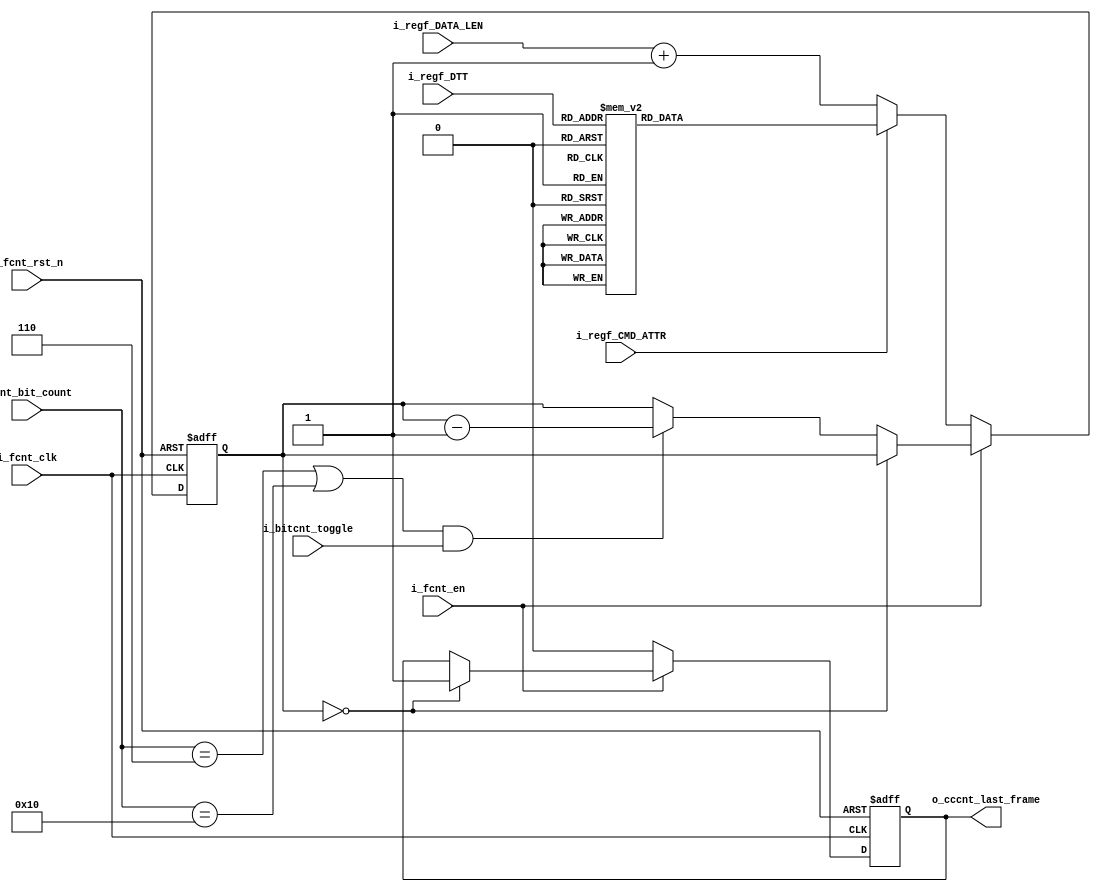

module frame_counter(
    input  wire        i_fcnt_clk         ,
    input  wire        i_fcnt_rst_n       ,
    input  wire        i_fcnt_en          ,
    input  wire        i_regf_CMD_ATTR    ,     // HDR 1 bit only selects bit [0] (1 for immediate and 0 for regular)
    input  wire [15:0] i_regf_DATA_LEN    ,     // HDR 
    input  wire [2:0]  i_regf_DTT         ,     // HDR
    input  wire [5:0]  i_cnt_bit_count    ,     // HDR
    //input  wire        i_ccc_Direct_Broadcast_n ,     // HDR  1 for direct and 0 for Broadcast
    input  wire        i_bitcnt_toggle    , 
    output reg         o_cccnt_last_frame       // HDR
    );
	
reg [15:0] count = 16'd0 ;
//wire       count_done   ;

    always @(posedge i_fcnt_clk or negedge i_fcnt_rst_n) begin 
        if (!i_fcnt_rst_n) begin 
            o_cccnt_last_frame = 1'b0 ;
            count              = 16'd0 ;
        end 
        else begin 
            if(i_fcnt_en) begin 
                if (count == 16'd0) begin 
                    o_cccnt_last_frame = 1'b1 ;
                    // stay here for 20 bits
                end 
                else begin 
                    if ((i_cnt_bit_count == 'd6 || i_cnt_bit_count == 'd16) && i_bitcnt_toggle) begin 
                        count = count - 1 ;
                    end 
                end 
            end 
            else begin                                  // Disabled to load the count value
                o_cccnt_last_frame = 1'b0 ;
                if (!i_regf_CMD_ATTR) begin             // regular 
                    count = i_regf_DATA_LEN + 1 ;       // fixed whether Direct or Broadcast
                end
                else begin //immediate 
                    case (i_regf_DTT) 
                        3'd0 : count = 1 ;
                        3'd1 : count = 2 ;
                        3'd2 : count = 3 ;
                        3'd3 : count = 4 ;
                        3'd4 : count = 5 ;
    
                        3'd5 : count = 2 ;
                        3'd6 : count = 3 ;
                        3'd7 : count = 4 ;
                    endcase 
                end 
            end  
        end 
    end 
endmodule